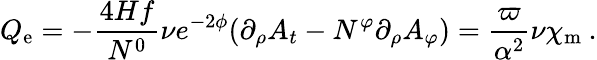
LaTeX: Q_{\mathrm{e}}=-\frac{4Hf}{N^{0}}\nu e^{-2\phi}(\partial_{\rho}A_{t}-N^{\varphi}\partial_{\rho}A_{\varphi})=\frac{\varpi}{\alpha^{2}}\nu\chi_{\mathrm{m}}\: .